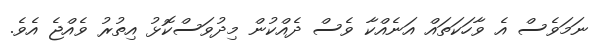
ނަމަވެސް އެ ވާހަކަތައް އަނެއްކާ ވެސް ދެއްކުން މިދުވަސްކޮޅު އިތުރު ވެއްޖެ އެވެ.